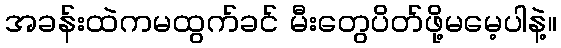
အခန်းထဲကမထွက်ခင် မီးတွေပိတ်ဖို့မမေ့ပါနဲ့။